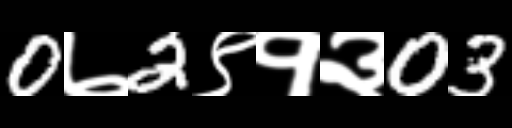
Text: 0७2९१३03